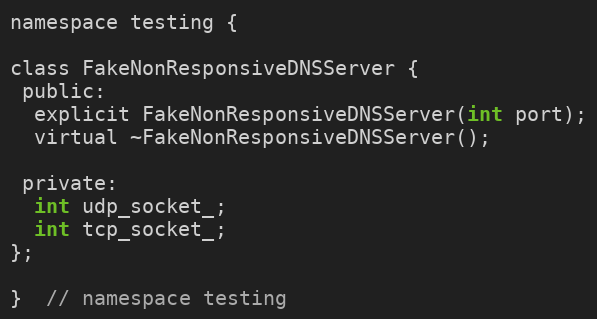
Language: C
namespace testing {

class FakeNonResponsiveDNSServer {
 public:
  explicit FakeNonResponsiveDNSServer(int port);
  virtual ~FakeNonResponsiveDNSServer();

 private:
  int udp_socket_;
  int tcp_socket_;
};

}  // namespace testing